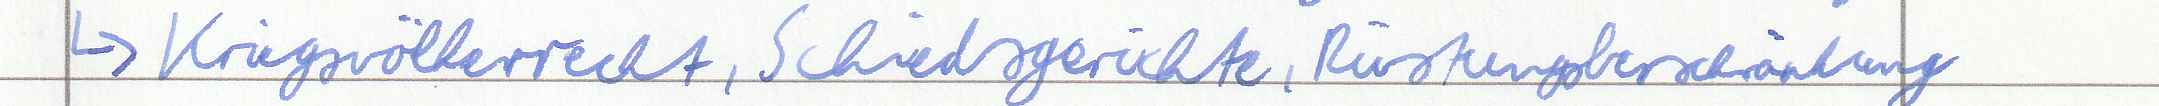
-> Kriegsvölkerrecht, Schiedsgerichte, Rüstungsbeschränkung